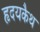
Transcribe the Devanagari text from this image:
हृदयकैथ